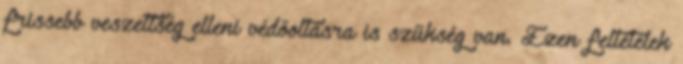
frissebb veszettség elleni védőoltásra is szükség van. Ezen feltételek